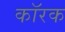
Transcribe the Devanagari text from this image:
कॉरक